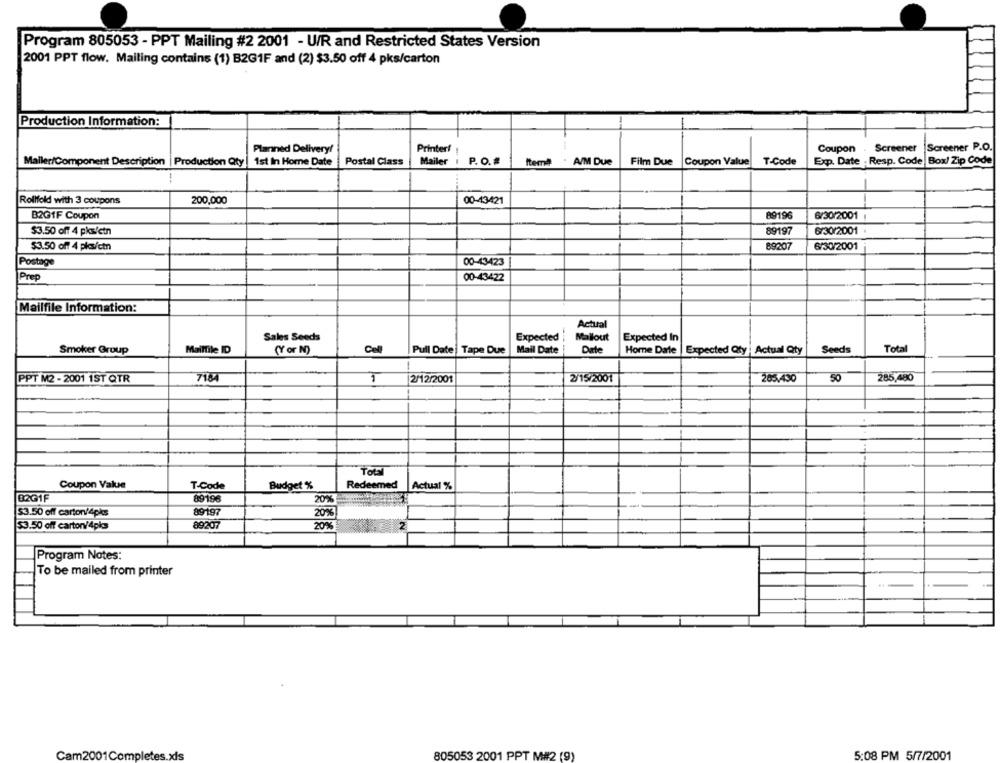
Program 805053 - PPT Mailing #2 2001 - U/R and Restricted States Version
2001 PPT flow. Mailing contains (1) B2G1F and (2) $3.50 off 4 pks/carton
Production Information:
Planned Delivery!
Printer!
Coupon . Screener
Screener P.O.
Mailer/Component Description | Production Qty
1st In Home Date
Postal Class
Mailer 1
P. O. #
Film Due
Exp. Date . Resp. Code Box/ Zip Code
Item
A/M Due
Coupon Value
T-Code
-
Rollfold with 3 coupons
200,000
00-43421
B2GIF Coupon
89196
6/30/2001 1
89197
6/30/2001
$3.50 off 4 pks/ctn
$3.50 off 4 pkcs/ctn
89207
6/30/2001
Postage
00-43423
Prep
00-43422
Mailfile Information:
Actual
Mallout
Sales Seeds
Expected
Expected In
Smoker Group
Mailfile ID
(Y or N)
Cell
Pull Date| Tape Due
Mail Date
Date
Home Date
Expected Qty : Actual Qty
Seeds
Total
PPT M2 - 2001 1ST QTR
718
1
2/12/2001
2/15/2001
265.430
50
285,480
TOU
Coupon Value
T-Code
Budget %
Redeemed
Actual %
02G1F
89196
20%
$3.50 off carton/4pks
89197
20%
$3.50 off carton/4pkcs
89207
2
Program Notes:
To be mailed from printer
805053 2001 PPT M#2 (9)
5:08 PM 5/7/2001
Cam2001Completes.xls